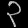
Digit: ၃